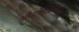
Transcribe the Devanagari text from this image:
औद्योगिकरणास